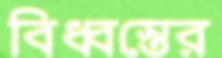
বিধ্বস্তের